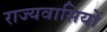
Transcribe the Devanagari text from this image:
राज्यवासियों